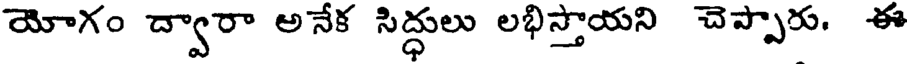
యోగం ద్వారా అనేక సిద్ధులు లభిస్తాయని చెప్పారు. ఈ